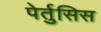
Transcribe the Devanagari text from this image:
पेर्तुसिस